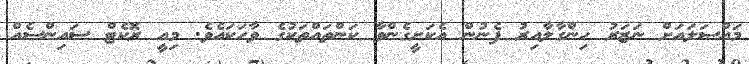
މައްސަލައަށް ނަޒަރު ހިންގާލާއިރު ފެނުން އެކަށީގެންވާ ކަންތައްތަކުގެ ވާހަކައެވެ. މިއީ ރޮކެޓް ސައިންސެއް